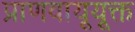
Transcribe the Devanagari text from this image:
प्राणवायूयूक्त